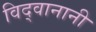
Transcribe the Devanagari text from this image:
विद्वानानी